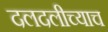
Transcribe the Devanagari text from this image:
दलदलीच्याच